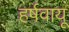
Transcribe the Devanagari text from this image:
हर्षवायू